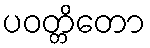
ပဝတ္တိတော